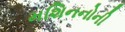
મશિનનોની